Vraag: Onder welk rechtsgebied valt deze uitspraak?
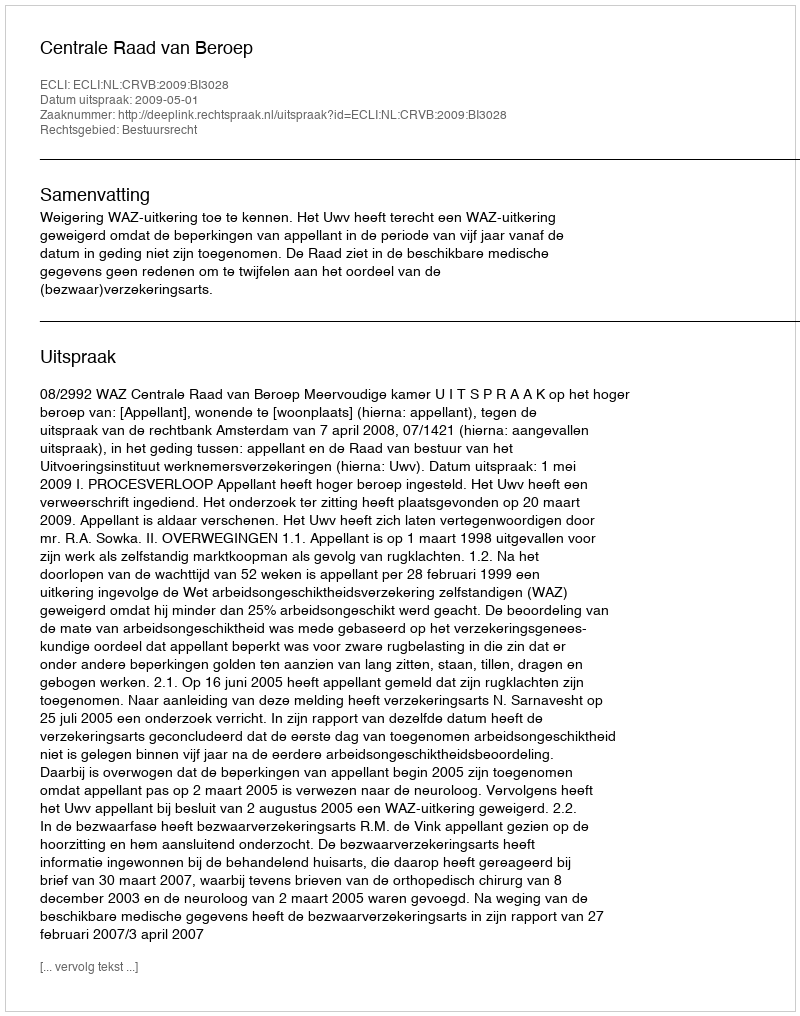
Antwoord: Bestuursrecht